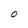
Character: o